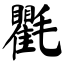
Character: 氍